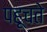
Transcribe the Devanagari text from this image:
पहूचते